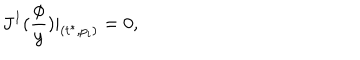
J ^ { 1 } ( \frac \phi y ) | _ { ( t ^ { * } , p _ { i } ) } = 0 ,